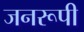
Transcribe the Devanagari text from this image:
जनरूपी